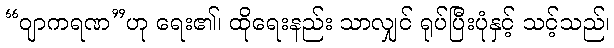
“ဝျာကရဏ”ဟု ရေး၏၊ ထိုရေးနည်း သာလျှင် ရုပ်ပြီးပုံနှင့် သင့်သည်၊